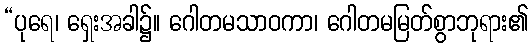
“ပုရေ၊ ရှေးအခါ၌။ ဂေါတမသာဝကာ၊ ဂေါတမမြတ်စွာဘုရား၏